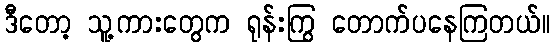
ဒီတော့ သူ့ကားတွေက ရုန်းကြွ တောက်ပနေကြတယ်။